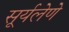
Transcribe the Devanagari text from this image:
सूर्यलेणे